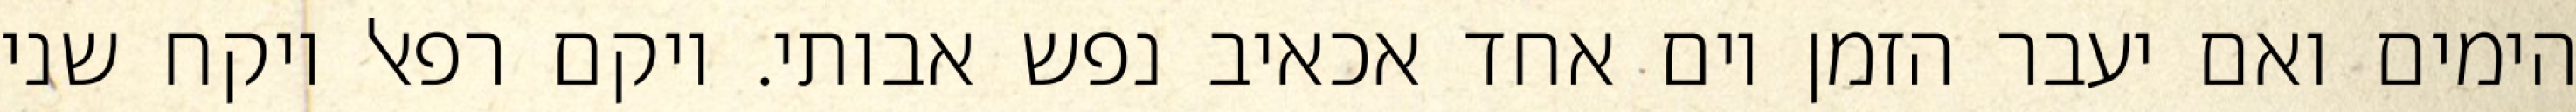
הימים ואם יעבר הזמן יום אחד אכאיב נפש אבותי. ויקם רפאל ויקח שני